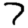
Digit: 7